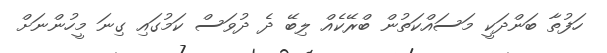
ހަފުތާ ބަންދަކީ މަސައްކަތުން ބްރޭކެއް ލިބޭ ދެ ދުވަސް ކަމުގައި ގިނަ މީހުންނަށް